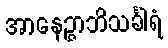
အာနေဉ္ဇာဘိသင်္ခါရံ